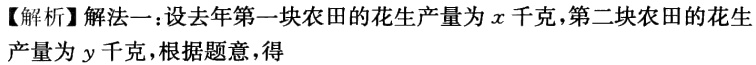
【解析】解法一：设去年第一块农田的花生产量为\(x\)千克，第二块农田的花生产量为\(y\)千克，根据题意，得